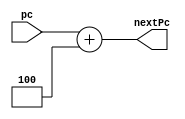
`timescale 1ns / 1ps
module Pc_Adder(
    input[31:0] pc,
    output reg[31:0] nextPc
    );
    
    always@(*)begin
        nextPc <= pc + 32'b100;
    end
endmodule